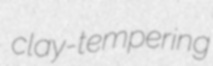
clay-tempering